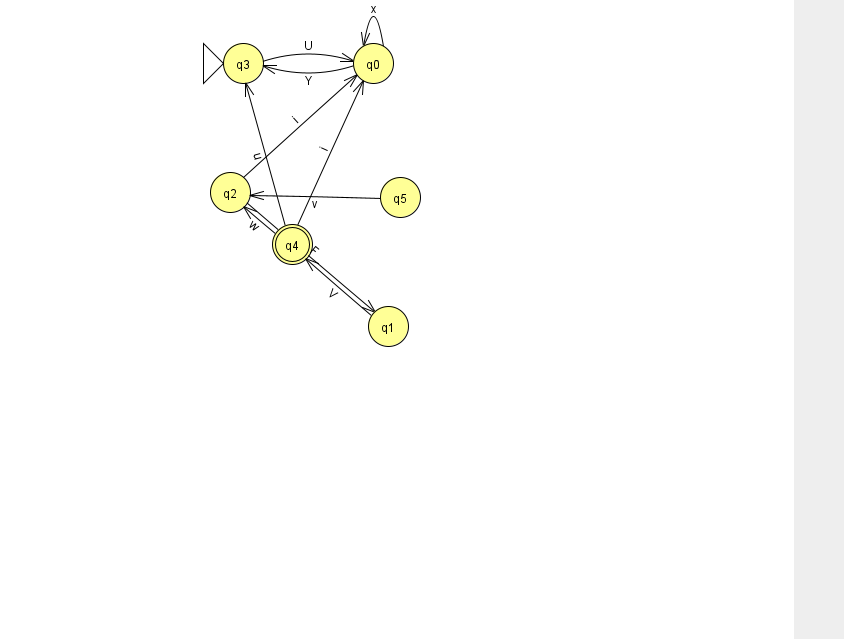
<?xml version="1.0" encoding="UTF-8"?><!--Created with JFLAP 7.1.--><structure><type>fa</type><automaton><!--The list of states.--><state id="0" name="q0"><x>373.0</x><y>50.0</y></state><state id="1" name="q1"><x>388.0</x><y>313.0</y></state><state id="2" name="q2"><x>230.0</x><y>179.0</y></state><state id="3" name="q3"><x>243.0</x><y>50.0</y><initial/></state><state id="4" name="q4"><x>292.0</x><y>231.0</y><final/></state><state id="5" name="q5"><x>400.0</x><y>184.0</y></state><!--The list of transitions.--><transition><from>5</from><to>2</to><read>v</read></transition><transition><from>4</from><to>0</to><read>i</read></transition><transition><from>2</from><to>1</to><read>F</read></transition><transition><from>3</from><to>0</to><read>U</read></transition><transition><from>0</from><to>0</to><read>x</read></transition><transition><from>0</from><to>3</to><read>Y</read></transition><transition><from>4</from><to>3</to><read>u</read></transition><transition><from>1</from><to>4</to><read>V</read></transition><transition><from>4</from><to>2</to><read>w</read></transition><transition><from>2</from><to>0</to><read>i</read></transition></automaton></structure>